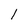
Character: l